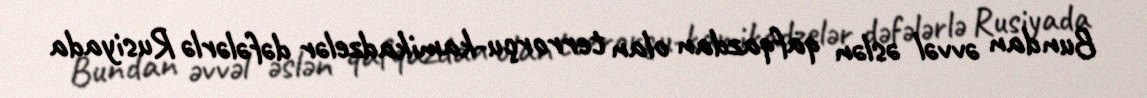
Bundan əvvəl əslən qafqazdan olan terrorçu-kamikadzelər dəfələrlə Rusiyada